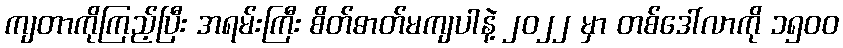
ကျတာကိုကြည့်ပြီး အရမ်းကြီး စိတ်ဓာတ်မကျပါနဲ့ ၂၀၂၂ မှာ တစ်ဒေါ်လာကို ၁၅၀ဝ